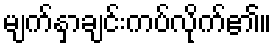
မျက်နှာချင်းကပ်လိုက်၏။